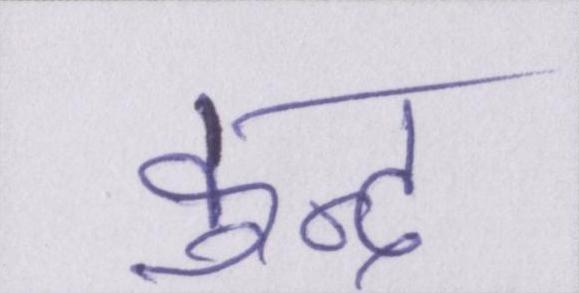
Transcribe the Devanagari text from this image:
कुन्द